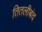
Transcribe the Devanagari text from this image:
तितलीबंद